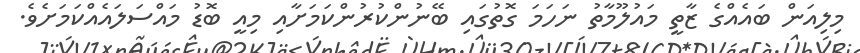
މިލިއަން ބައެއްގެ ޒާތީ މައުލޫމާތު ނަހަމަ ގޮތުގައި ބޭނުންކުރުންކަމަށާއި މިއީ ބޮޑު މައްސަލައެއްކަމަށެވެ.